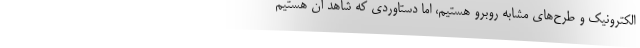
الکترونیک و طرح‌های مشابه روبرو هستیم، اما دستاوردی که شاهد آن هستیم